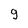
Character: 9